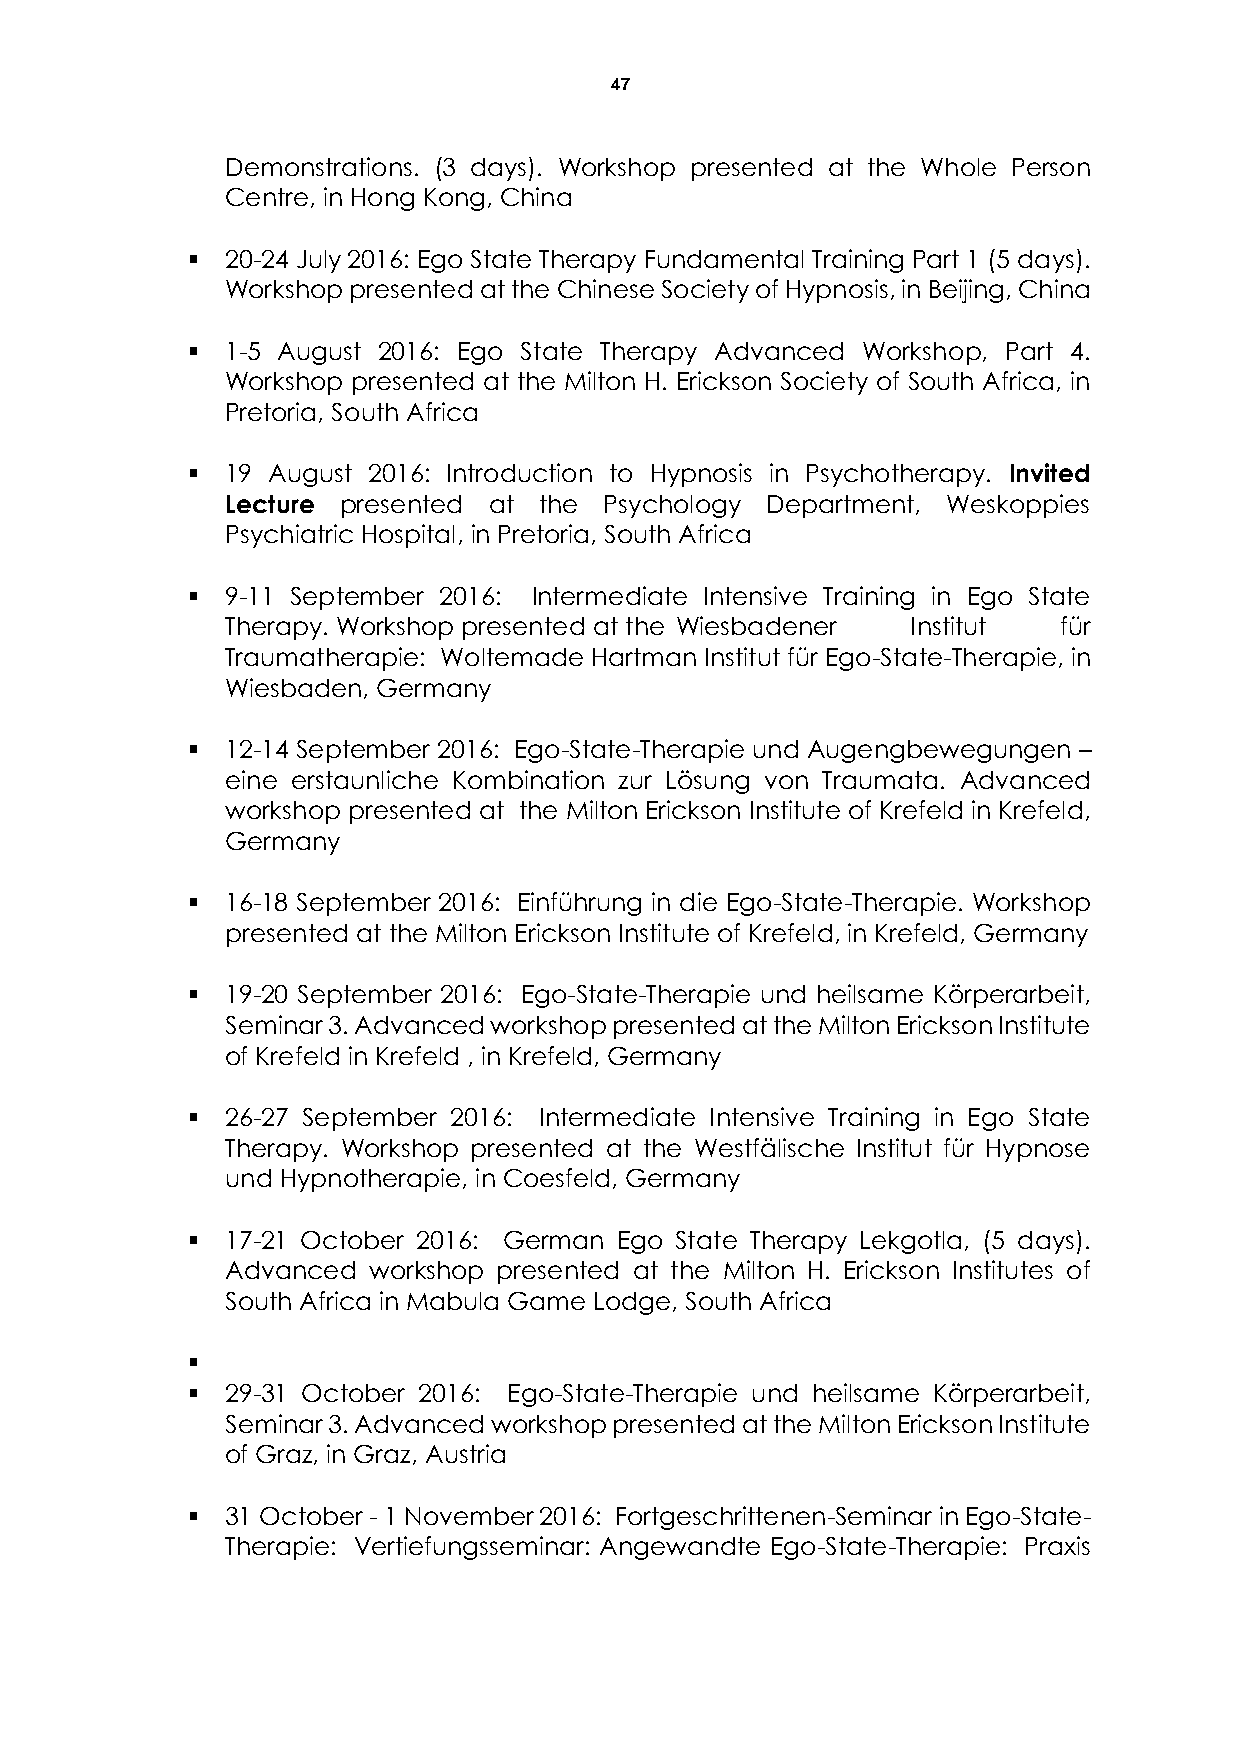
47
 Demonstrations. (3 days). Workshop presented at the Whole Person
 Centre, in Hong Kong, China
   20-24 July 2016: Ego State Therapy Fundamental Training Part 1 (5 days).
 Workshop presented at the Chinese Society of Hypnosis, in Beijing, China
   1-5 August 2016: Ego State Therapy Advanced Workshop, Part 4.
 Workshop presented at the Milton H. Erickson Society of South Africa, in
 Pretoria, South Africa
   19 August 2016: Introduction to Hypnosis in Psychotherapy. Invited
 Lecture presented at the Psychology Department, Weskoppies
 Psychiatric Hospital, in Pretoria, South Africa
   9-11 September 2016: Intermediate Intensive Training in Ego State
 Therapy. Workshop presented at the Wiesbadener Institut für
 Traumatherapie: Woltemade Hartman Institut für Ego-State-Therapie, in
 Wiesbaden, Germany
   12-14 September 2016: Ego-State-Therapie und Augengbewegungen –
 eine erstaunliche Kombination zur Lösung von Traumata. Advanced
 workshop presented at the Milton Erickson Institute of Krefeld in Krefeld,
 Germany
   16-18 September 2016: Einführung in die Ego-State-Therapie. Workshop
 presented at the Milton Erickson Institute of Krefeld, in Krefeld, Germany
   19-20 September 2016: Ego-State-Therapie und heilsame Körperarbeit,
 Seminar 3. Advanced workshop presented at the Milton Erickson Institute
 of Krefeld in Krefeld , in Krefeld, Germany
   26-27 September 2016: Intermediate Intensive Training in Ego State
 Therapy. Workshop presented at the Westfälische Institut für Hypnose
 und Hypnotherapie, in Coesfeld, Germany
   17-21 October 2016: German Ego State Therapy Lekgotla, (5 days).
 Advanced workshop presented at the Milton H. Erickson Institutes of
 South Africa in Mabula Game Lodge, South Africa
 
   29-31 October 2016: Ego-State-Therapie und heilsame Körperarbeit,
 Seminar 3. Advanced workshop presented at the Milton Erickson Institute
 of Graz, in Graz, Austria
   31 October - 1 November 2016: Fortgeschrittenen-Seminar in Ego-State-
 Therapie: Vertiefungsseminar: Angewandte Ego-State-Therapie: Praxis